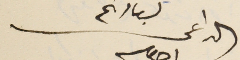
الداعى